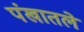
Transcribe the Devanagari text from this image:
पंखातले